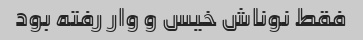
فقط نوناش خیس و وار رفته بود